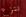
ننزع